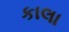
કાલા